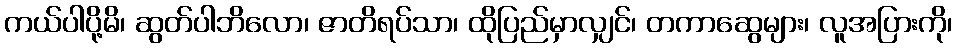
ကယ်ပါပို့မိ၊ ဆွတ်ပါဘိလော၊ ဇာတိရပ်သာ၊ ထိုပြည်မှာလျှင်၊ တကာဆွေများ၊ လူအပြားကို၊